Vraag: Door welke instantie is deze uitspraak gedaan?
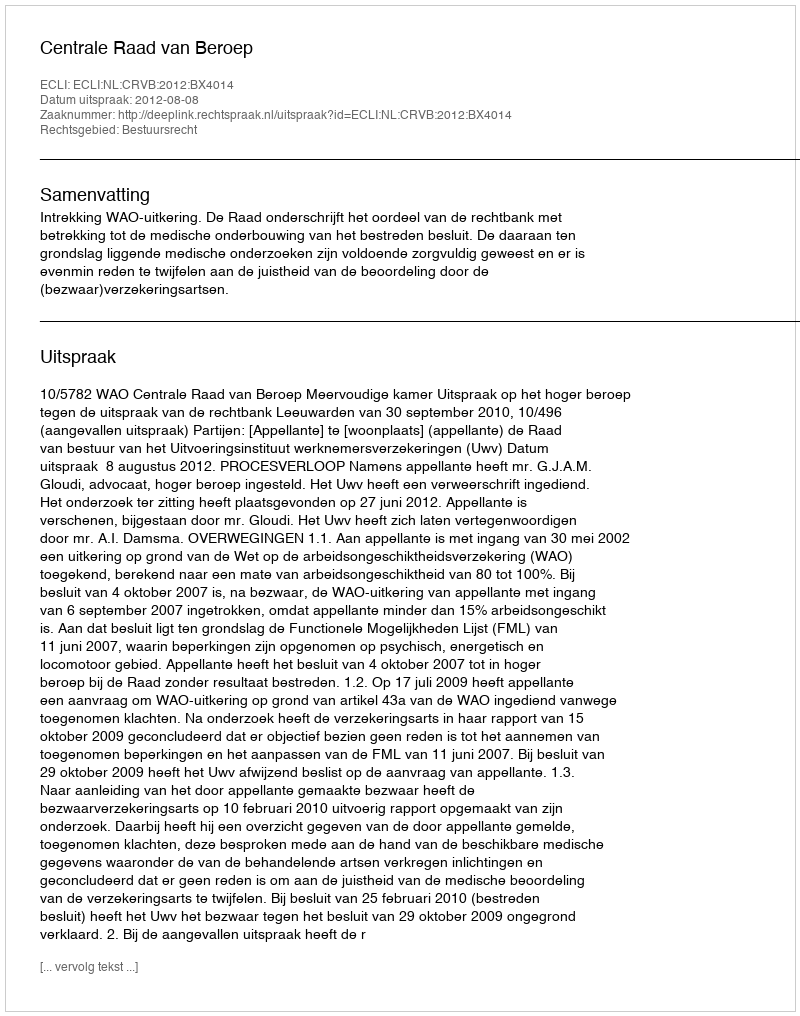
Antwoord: Centrale Raad van Beroep